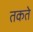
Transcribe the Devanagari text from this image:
तकते